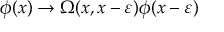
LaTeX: \phi ( x ) \rightarrow \Omega ( x , x - \varepsilon ) \phi ( x - \varepsilon )